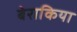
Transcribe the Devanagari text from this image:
बेराकिया